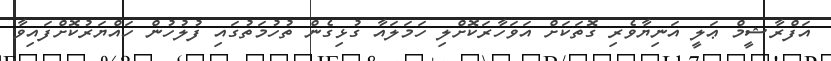
އަފްރާޝީމް ޢަލީ އަނިޔާވެރި ގޮތަކަށް އަވަހާރަކޮށްލި ހަމަލައާ ގުޅިގެން ތުހުމަތުގައި ފުލުހުން ހައްޔަރުކޮށްފައިވާ